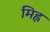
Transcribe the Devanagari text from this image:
मिह्र